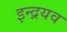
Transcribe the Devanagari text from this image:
इन्द्रयव